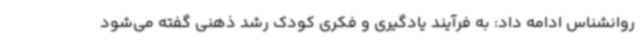
روانشناس ادامه داد: به فرآیند یادگیری و فکری کودک رشد ذهنی گفته می‌شود